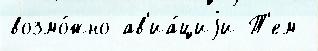
возмо́жно ав'иа́циjи Т'ем